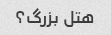
هتل بزرگ؟